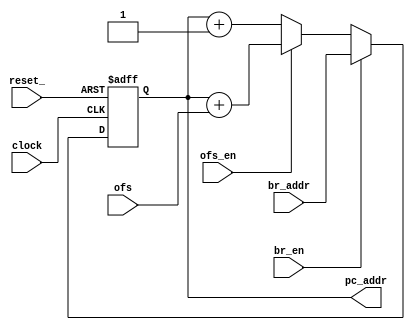
module mpc(pc_addr, 
           ofs, br_addr, 
           ofs_en, 
           br_en, 
           clock, 
           reset_);
   parameter OFS_WIDTH = 6;
   parameter BR_ADDR_WIDTH = 6;
   
   input ofs_en, br_en, clock, reset_;
   input [OFS_WIDTH-1:0] ofs;
   input [BR_ADDR_WIDTH-1:0] br_addr;
   output [BR_ADDR_WIDTH-1:0] pc_addr;
   
   reg [BR_ADDR_WIDTH-1:0] pc; 
   
   assign pc_addr = pc;
      
   always@(posedge clock or negedge reset_) begin
       if(!reset_) begin
           pc = 0;
       end
       else begin
           pc = br_en? br_addr : (ofs_en ? (pc+ofs) : (pc+1));
       end
   end   
endmodule

//mpc testbench
module tb_mpc();
   parameter OFS_WIDTH = 6;
   parameter BR_ADDR_WIDTH = 6;
   
   reg ofs_en, br_en, clock, reset_;
   reg [OFS_WIDTH-1:0] ofs;
   reg [BR_ADDR_WIDTH-1:0] br_addr;
   wire [BR_ADDR_WIDTH-1:0] pc_addr;
   
   mpc #(OFS_WIDTH, BR_ADDR_WIDTH)PC(pc_addr, ofs, br_addr, ofs_en, br_en, clock, reset_);
   
   initial begin
       clock = 0;
       reset_= 1;
       ofs = 6'b000100;
       br_addr = 6'b100111;
       ofs_en = 0;
       br_en = 0;
       #3;
       reset_=0;
       #5;
       reset_=1;
       #30;
       br_en = 1;
       #10;
       br_en = 0;
       #30;
       ofs_en = 1;
       
   end
   
   always #5 clock = ~clock;
endmodule